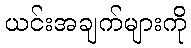
ယင်းအချက်များကို